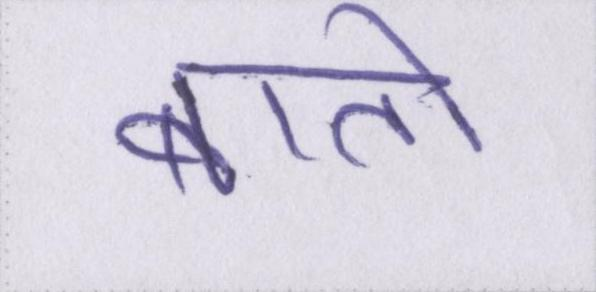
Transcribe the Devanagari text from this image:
बातो